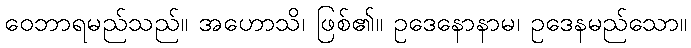
ဝေဘာရမည်သည်။ အဟောသိ၊ ဖြစ်၏။ ဥဒေနောနာမ၊ ဥဒေနမည်သော။